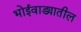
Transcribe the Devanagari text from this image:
भोईवाड्यातील